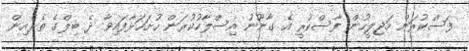
ފަސްކުރަން މަޖިލީހުން ފާސްކުރީ އެ ގާނޫނު އިސްލާހުކުރަން ހުށަހަޅާފައިވާ ދެ ބިލްގެ ތެރެއިން